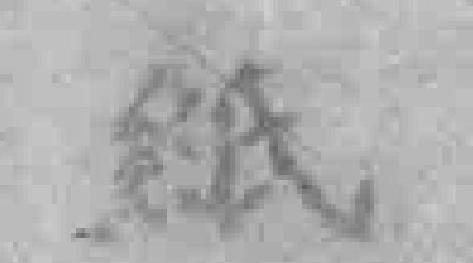
紙